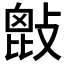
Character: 𢾱